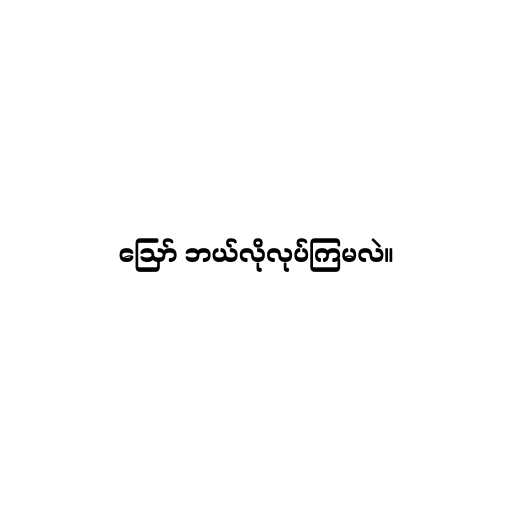
ဪ ဘယ်လိုလုပ်ကြမလဲ။